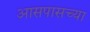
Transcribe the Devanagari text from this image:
अासपासच्या